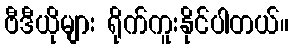
ဗီဒီယိုများ ရိုက်ကူးနိုင်ပါတယ်။